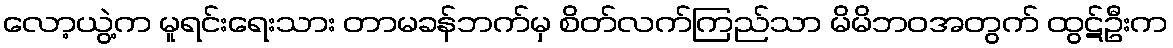
လော့ယွဲ့က မူရင်းရေးသား တာမခန်ဘက်မှ စိတ်လက်ကြည်သာ မိမိဘဝအတွက် ထွဋ်ဦးက